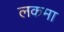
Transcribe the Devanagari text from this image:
लकमा